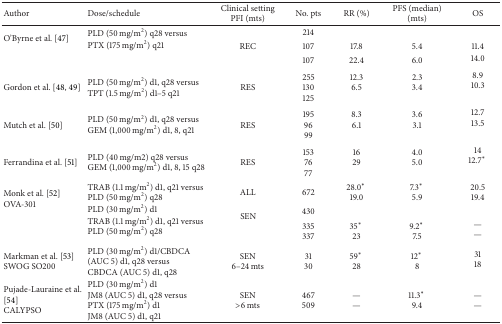
| Author | Dose/schedule | Clinical settingPFI (mts) | No. pts | RR (%) | PFS (median)(mts) | OS |
 | --- | --- | --- | --- | --- | --- | --- |
 | <ROWSPAN=3> O'Byrne et al. [47] | <ROWSPAN=3> PLD (50 mg/m2) q28 versus PTX (175 mg/m2) q21 |  | 214 |  |  |  |
 | REC | 107 | 17.8 | 5.4 | 11.4 |
 |  | 107 | 22.4 | 6.0 | 14.0 |
 | Gordon et al. [48, 49] | PLD (50 mg/m2) d1, q28 versus TPT (1.5 mg/m2) d1–5 q21 | RES | 255130125 | 12.36.5 | 2.33.4 | 8.910.3 |
 | Mutch et al. [50] | PLD (50 mg/m2) d1, q28 versusGEM (1,000 mg/m2) d1, 8, q21 | RES | 1959699 | 8.36.1 | 3.63.1 | 12.713.5 |
 | Ferrandina et al. [51] | PLD (40 mg/m2) q28 versus GEM (1,000 mg/m2) d1, 8, 15 q28 | RES | 1537677 | 1629 | 4.05.0 | 1412.7* |
 | <ROWSPAN=3> Monk et al. [52] OVA-301 | TRAB (1.1 mg/m2) d1, q21 versusPLD (50 mg/m2) q28 | ALL | 672 | 28.0* 19.0 | 7.3* 5.9 | 20.519.4 |
 | <ROWSPAN=2> PLD (30 mg/m2) d1TRAB (1.1 mg/m2) d1, q21 versus PLD (50 mg/m2) q28 | <ROWSPAN=2> SEN | 430 |  |  |  |
 | 335337 | 35* 23 | 9.2* 7.5 | —— |
 | Markman et al. [53] SWOG SO200 | PLD (30 mg/m2) d1/CBDCA (AUC 5) d1, q28 versus CBDCA (AUC 5) d1, q28 | SEN6–24 mts | 3130 | 59* 28 | 12* 8 | 3118 |
 | Pujade-Lauraine et al. [54]CALYPSO | PLD (30 mg/m2) d1JM8 (AUC 5) d1, q28 versus PTX (175 mg/m2) d1JM8 (AUC 5) d1, q21 | SEN>6 mts | 467509 | —— | 11.3* 9.4 | —— |